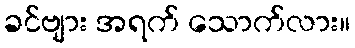
ခင်ဗျား အရက် သောက်လား။